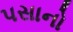
પસાનો